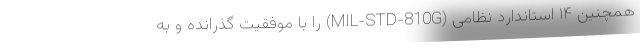
همچنین ۱۴ استاندارد نظامی (MIL-STD-810G) را با موفقیت گذرانده و به